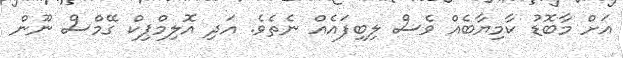
އަށް މާބޮޑު ކާމިޔާބެއް ވެސް ލިބިފައެއް ނެތެވެ. އަދި އޮލިމްޕިކް ގޭމްސް ނޫން